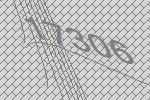
17306